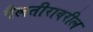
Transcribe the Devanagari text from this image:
पैलतीरावरील